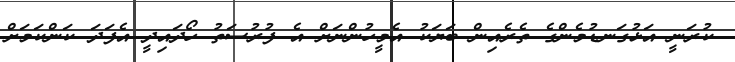
ކުރަނީ އަޅުގަނޑުމެންގެ ތެރެއިން ބަޔަކު އެމީހުންނަށް އެ ފުރުސަތު ހޯދައިދީ އެފަދަ ކަންކަމަށް